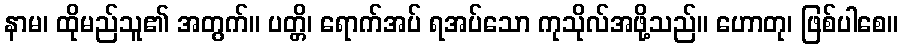
နာမ၊ ထိုမည်သူ၏ အတွက်။ ပတ္တိ၊ ရောက်အပ် ရအပ်သော ကုသိုလ်အဖို့သည်။ ဟောတု၊ ဖြစ်ပါစေ။